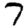
Digit: 7